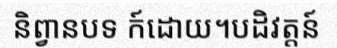
និព្វានបទ ក៍ដោយ។បដិវត្តន៍